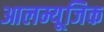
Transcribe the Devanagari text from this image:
आलम्यूजिक